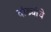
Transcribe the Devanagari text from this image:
दांड्यांचे